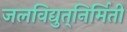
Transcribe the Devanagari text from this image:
जलविद्युत्‌निर्मिती